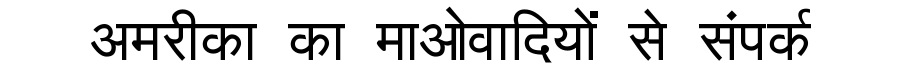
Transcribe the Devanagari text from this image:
अमरीका का माओवादियों से संपर्क